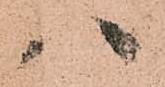
八